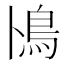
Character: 鳪